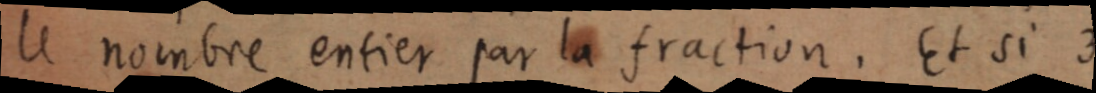
le nombre entier par la fraction. Et si 3